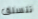
تتسلق